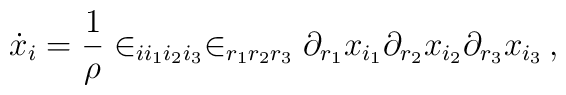
\dot{x}_i=\frac{1}{\rho}\in_{ii_1i_2i_3}\in_{r_1r_2r_3}  \partial_{r_1} x_{i_1}\partial_{r_2}x_{i_2}\partial_{r_3}x_{i_3}\,,